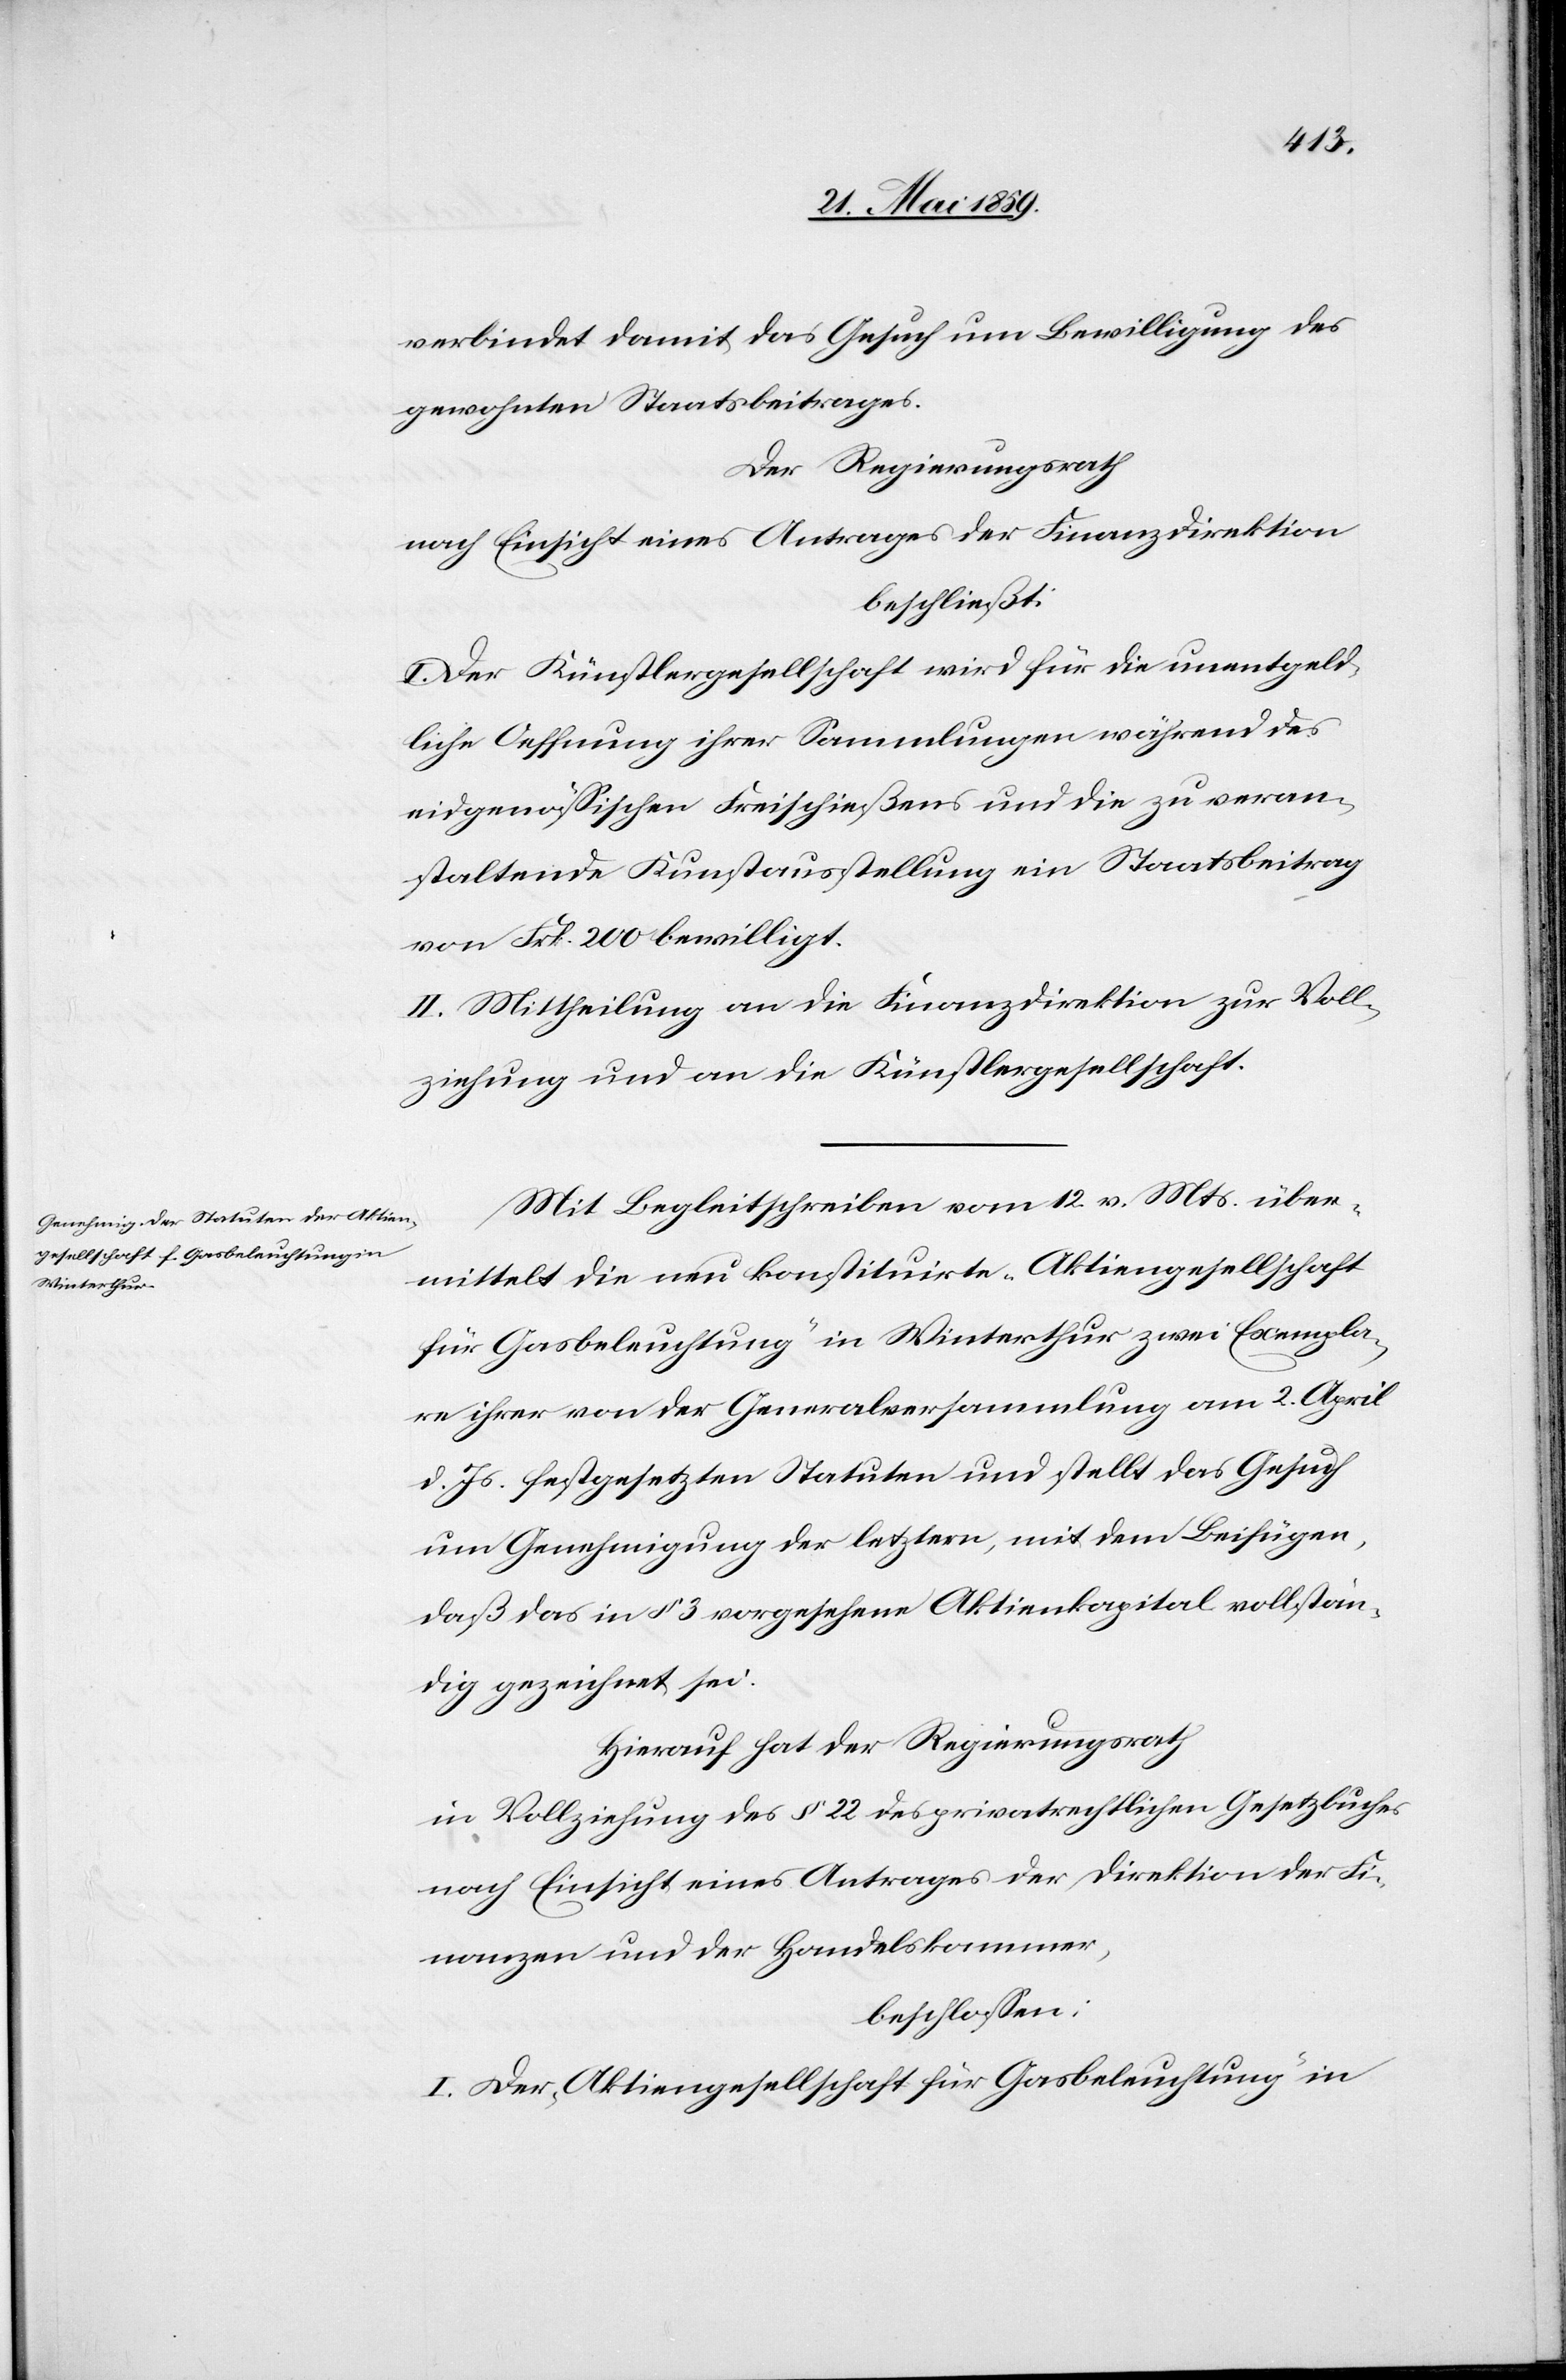
verbindet damit das Gesuch um Bewilligung des
gewohnten Staatsbeitrages.
Der Regierungsrath
nach Einsicht eines Antrages der Finanzdirektion
beschließt:
I. Der Künstlergesellschaft wird für die unentgeld¬
liche Oeffnung ihrer Sammlungen während des
eidgenößischen Freischießens und die zu veran¬
staltende Kunstausstellung ein Staatsbeitrag
von Frk. 200 bewilligt.
II. Mittheilung an die Finanzdirektion zur Voll¬
ziehung und an die Künstlergesellschaft.
Mit Begleitschreiben vom 12. v. Mts. über¬
mittelt die neu konstituirte „Aktiengesellschaft
für Gasbeleuchtung“ in Winterthur zwei Exempla¬
re ihrer von der Generalversammlung am 2. April
d. Js. festgesetzten Statuten und stellt das Gesuch
um Genehmigung der letztern, mit dem Beifügen,
daß das in § 3 vorgesehene Aktienkapital vollstän¬
dig gezeichnet sei.
Hierauf hat der Regierungsrath
in Vollziehung des § 22 des privatrechtlichen Gesetzbuches
nach Einsicht eines Antrages der Direktion der Fi¬
nanzen und der Handelskammer,
beschloßen:
I. Der „Aktiengesellschaft für Gasbeleuchtung“ in